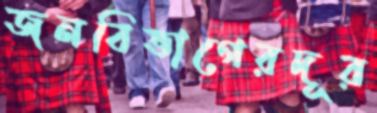
জনবিভাগেরদূর